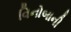
વિનોબાની